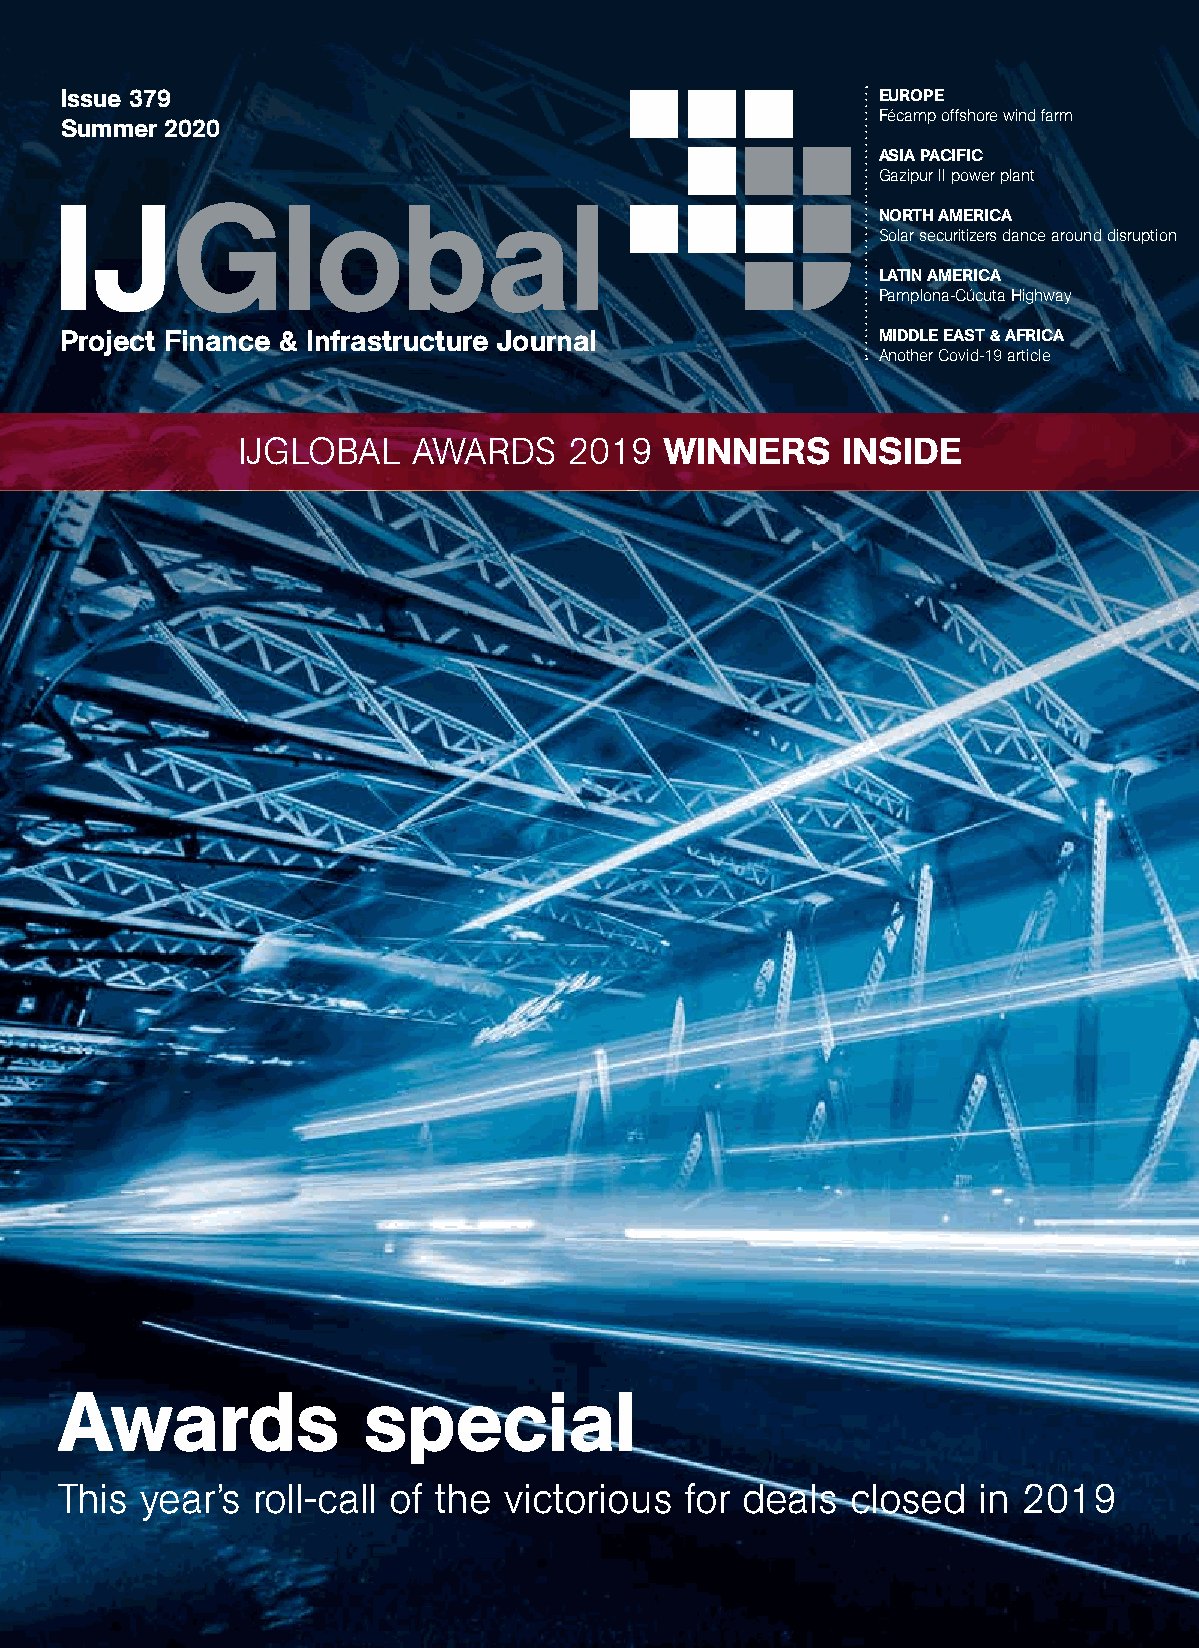
Issue 379                                             EUROPE
 Fécamp offshore wind farm
 Summer 2020
 ASIA PACIFIC
 Gazipur II power plant
 NORTH AMERICA
 Solar securitizers dance around disruption
 LATIN AMERICA
 Pamplona-Cúcuta Highway
 Project Finance & Infrastructure Journal              MIDDLE EAST & AFRICA
 Another Covid-19 article
 IJGLOBAL   AWARDS     2019  WINNERS     INSIDE
 Awards              special
 This year’s  roll-call of the victorious for deals  closed   in 2019